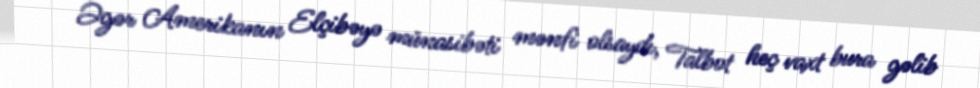
Əgər Amerikanın Elçibəyə münasibəti mənfi olsaydı, Talbot heç vaxt bura gəlib